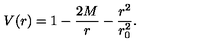
V ( r ) = 1 - \frac { 2 M } { r } - \frac { r ^ { 2 } } { r _ { 0 } ^ { 2 } } .